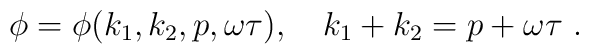
\phi=\phi(k_{1}, k_{2}, p,\omega\tau), \quad k_{1}+  k_{2}=  p+\omega\tau\ .